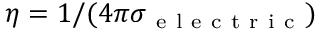
\eta = 1 / ( 4 \pi \sigma _ { \mathrm { ~ e ~ l ~ e ~ c ~ t ~ r ~ i ~ c ~ } } )